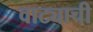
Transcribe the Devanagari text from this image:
वाट्याची